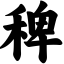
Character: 稗